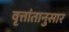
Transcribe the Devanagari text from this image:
वृत्तांतानुसार